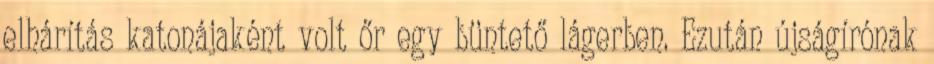
elhárítás katonájaként volt őr egy büntető lágerben. Ezután újságírónak